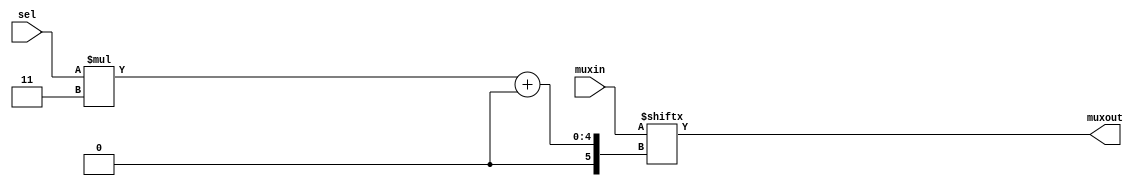
`timescale 1ns / 1ps

//mux
module mux #(parameter N=4,W=3) (muxin,sel,muxout);
    //parameter N=4; //number of inputs
    //parameter W=3; //w bits wide inputs
    input [N*W-1:0] muxin;
    input [$clog2(N)-1:0] sel; //wire?
    output [W-1:0] muxout;

    assign muxout = muxin[sel*W+:W];
endmodule